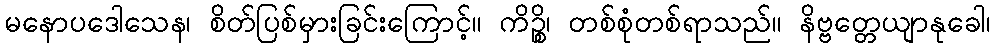
မနောပဒေါသေန၊ စိတ်ပြစ်မှားခြင်းကြောင့်။ ကိဉ္စိ၊ တစ်စုံတစ်ရာသည်။ နိဗ္ဗတ္တေယျာနုခေါ၊